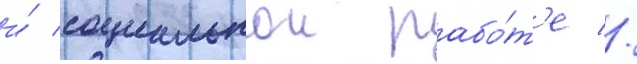
и́ социальнои рабо́т'е //